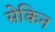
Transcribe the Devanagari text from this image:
सेकिन